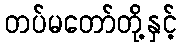
တပ်မတော်တို့နှင့်